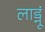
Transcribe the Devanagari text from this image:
लाड्नूं